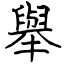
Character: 舉